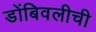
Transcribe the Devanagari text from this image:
डोंबिवलीची